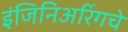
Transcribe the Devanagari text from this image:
इंजिनिअरिंगचे